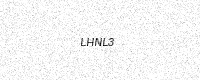
Text: LHNL3